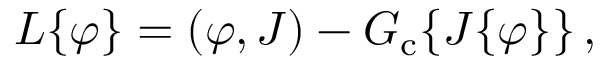
{ \cal { L } } \{ \varphi \} = ( \varphi , J ) - { \cal { G } } _ { \mathrm { c } } \{ J \{ \varphi \} \} \, ,